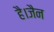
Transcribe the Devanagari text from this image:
है।जैन